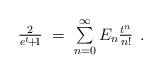
LaTeX: \begin{align*}\begin{array}{c}\frac{2}{e^{t}\!+\!1}\;=\;\sum\limits_{{n=0}}^{\infty}E_{n}\frac{t^{n}}{n!}\end{array}.\end{align*}